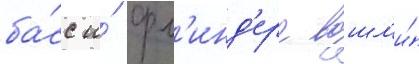
ба́сс и́ фл'инд'ерс вошл'и́